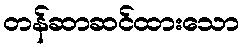
တန်ဆာဆင်ထားသော